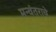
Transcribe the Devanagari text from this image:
मन्वंतराचे